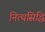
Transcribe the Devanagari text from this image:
नित्यसिद्धि